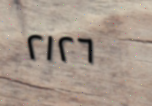
٢١٢٦